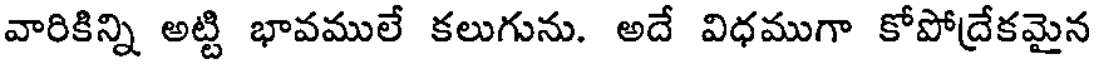
వారికిన్ని అట్టి భావములే కలుగును. అదే విధముగా కోపోద్రేకమైన